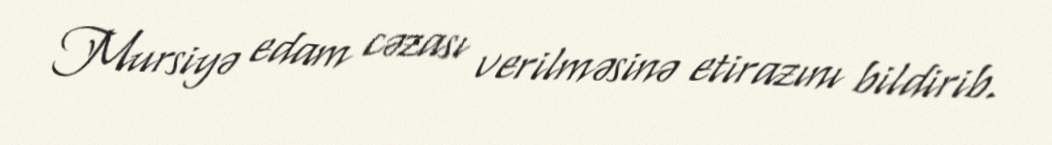
Mursiyə edam cəzası verilməsinə etirazını bildirib.